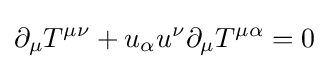
\partial _{\mu }T^{\mu \nu }+u_{\alpha }u^{\nu }\partial _{\mu }T^{\mu \alpha }=0